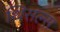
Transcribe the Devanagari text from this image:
थिसल्स